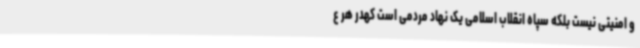
و امنیتی نیست بلکه سپاه انقلاب اسلامی یک نهاد مردمی است کهدر هر ع